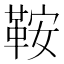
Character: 鞍